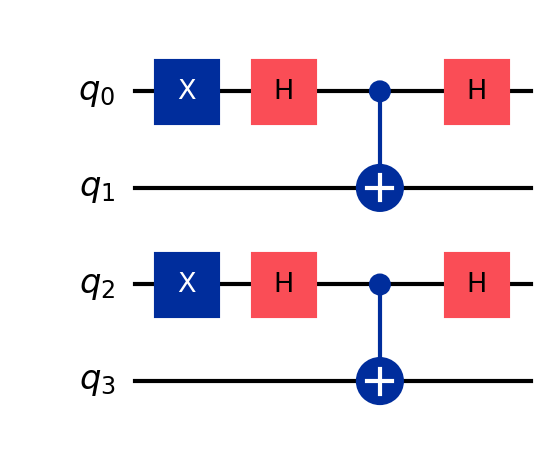
Description: Lamport one-time signature verification
描述: Lamport一次性签名验证
Category: btc_quantum_security (difficulty: advanced)
Qubits: 4, circuit depth: 4
Blockchain relevance: btc_security

Braket implementation:
from braket.circuits import Circuit
circuit = Circuit()
circuit.x(0).x(2)
circuit.h(0).h(2)
circuit.cnot(0, 1).cnot(2, 3)
circuit.h(0).h(2)

Qiskit implementation:
from qiskit import QuantumCircuit
circuit = QuantumCircuit(4)
circuit.x(0).x(2)
circuit.h(0).h(2)
circuit.cx(0, 1).cx(2, 3)
circuit.h(0).h(2)